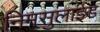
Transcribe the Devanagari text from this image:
निमसुलाईड